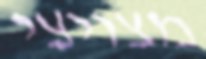
מצויצי